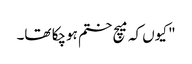
" کیوں کہ میچ ختم ہوچکا تھا۔